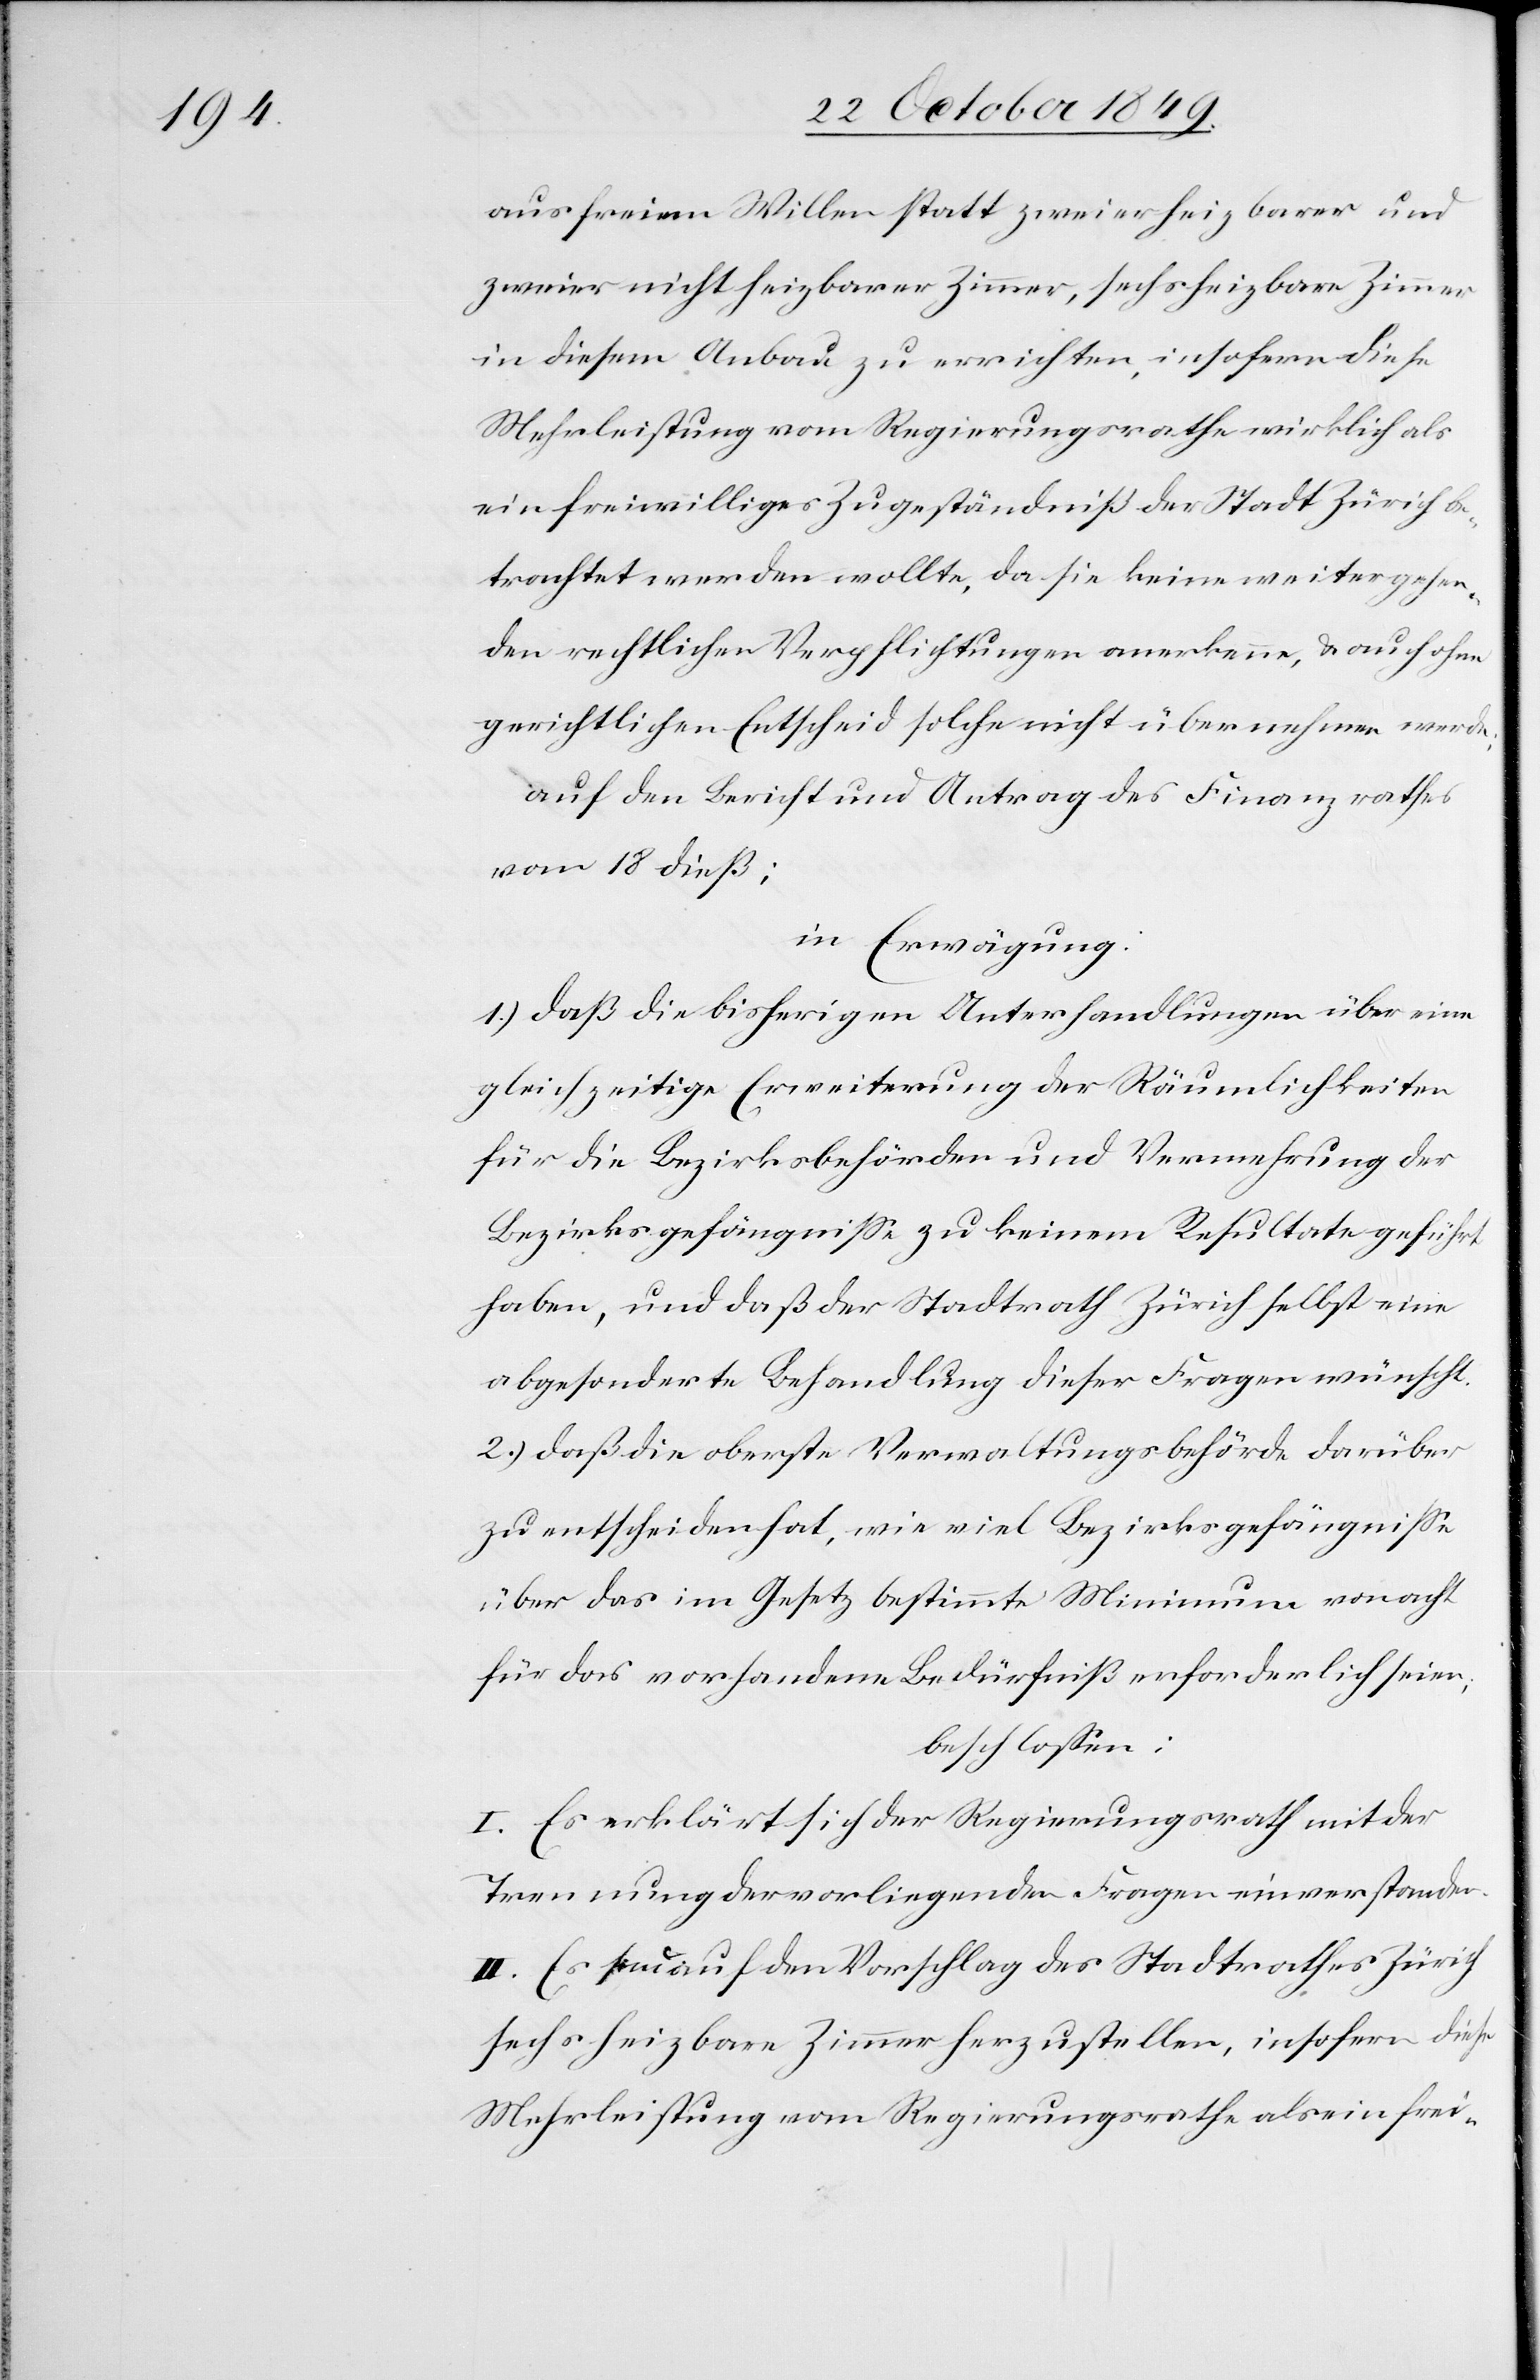
aus freiem Willen statt zweier heizbarer und
zweier nicht heizbarer Zimmer, sechs heizbare Zimmer
in diesem Anbau zu errichten, insofern diese
Mehrleistung vom Regierungsrathe wirklich als
ein freiwilliges Zugeständniß der Stadt Zürich be¬
trachtet werden wollte, da sie keine weitergehen¬
den rechtlichen Verpflichtungen anerkenne, u. auch ohne
gerichtlichen Entscheid solche nicht übernehmen werde.
auf den Bericht und Antrag des Finanzrathes
vom 18 dieß:
in Erwägung:
1.) daß die bisherigen Unterhandlungen über eine
gleichzeitige Erweiterung der Räumlichkeiten
für die Bezirksbehörden und Vermehrung der
Bezirksgefägniße zu keinem Resultate geführt
haben, und daß der Stadtrath Zürich selbst eine
abgesonderte Behandlung dieser Fragen wünscht.
2.) daß die oberste Verwaltungsbehörde darüber
zu entscheiden hat, wie viel Bezirksgefängniße
über das im Gesetz bestimmte Minimum von acht
für das vorhandene Bedürfniß erforderlich seien;
beschloßen:
I. Es erklärt sich der Regierungsrath mit der
Trennung der vorliegenden Fragen einverstanden.
II. Es sei auf den Vorschlag des Stadtrathes Zürich
sechs heizbare Zimmer herzustellen, insofern diese
Mehrleistung vom Regierungsrathe als ein frei-